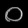
Digit: ၀